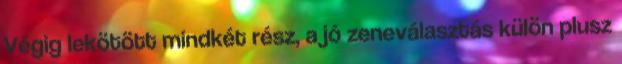
Végig lekötött mindkét rész, a jó zeneválasztás külön plusz